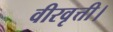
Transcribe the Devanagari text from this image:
वीरवृत्ती।